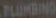
PLUMBING